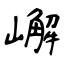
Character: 嶰